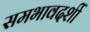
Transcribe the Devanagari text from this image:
समभावदर्शी